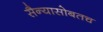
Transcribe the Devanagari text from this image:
सैन्यासोबतच